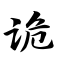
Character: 诡